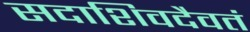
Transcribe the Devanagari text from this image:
सदाशिवदैवतं